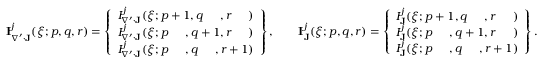
\begin{array} { r } { \mathbf { I } _ { \nabla ^ { \prime } \cdot \mathbf { J } } ^ { j } ( \boldsymbol { \xi } ; p , q , r ) = \left\{ \begin{array} { l } { I _ { \nabla ^ { \prime } \cdot \mathbf { J } } ^ { j } ( \boldsymbol { \xi } ; p + 1 , q \phantom { + 1 } , r \phantom { + 1 } ) } \\ { I _ { \nabla ^ { \prime } \cdot \mathbf { J } } ^ { j } ( \boldsymbol { \xi } ; p \phantom { + 1 } , q + 1 , r \phantom { + 1 } ) } \\ { I _ { \nabla ^ { \prime } \cdot \mathbf { J } } ^ { j } ( \boldsymbol { \xi } ; p \phantom { + 1 } , q \phantom { + 1 } , r + 1 ) } \end{array} \right\} , \qquad \mathbf { I } _ { \mathbf { J } } ^ { j } ( \boldsymbol { \xi } ; p , q , r ) = \left\{ \begin{array} { l } { I _ { \mathbf { J } } ^ { j } ( \boldsymbol { \xi } ; p + 1 , q \phantom { + 1 } , r \phantom { + 1 } ) } \\ { I _ { \mathbf { J } } ^ { j } ( \boldsymbol { \xi } ; p \phantom { + 1 } , q + 1 , r \phantom { + 1 } ) } \\ { I _ { \mathbf { J } } ^ { j } ( \boldsymbol { \xi } ; p \phantom { + 1 } , q \phantom { + 1 } , r + 1 ) } \end{array} \right\} . } \end{array}